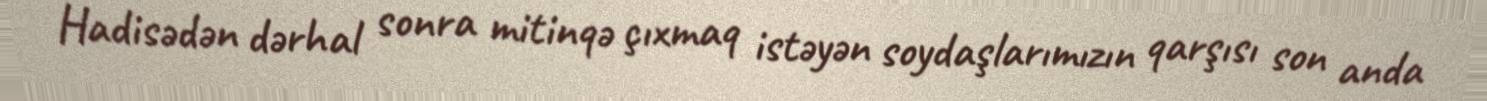
Hadisədən dərhal sonra mitinqə çıxmaq istəyən soydaşlarımızın qarşısı son anda